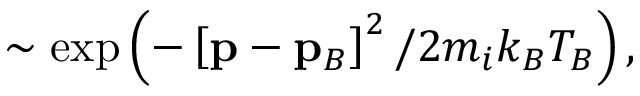
\sim \exp \left( - \left[ \mathbf { p } - \mathbf { p } _ { B } \right] ^ { 2 } / 2 m _ { i } k _ { B } T _ { B } \right) ,